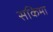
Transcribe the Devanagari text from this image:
सकिमा